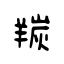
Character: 羰